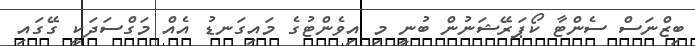
ބިޒްނަސް ސެންޓާ ކޯޕަރޭޝަނުން ބުނީ މި އިވެންޓުގެ މައިގަނޑު އެއް މަގްސަދަކީ ގޭގައި